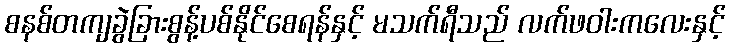
စနစ်တကျခွဲခြားစွန့်ပစ်နိုင်စေရန်နှင့် မသက်ရီသည် လက်ဖဝါးကလေးနှင့်